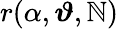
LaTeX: r(\alpha,\boldsymbol{\vartheta},\mathbb{N})